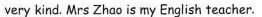
very kind. Mrs Zhao is my English teacher.